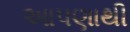
આપણાથી